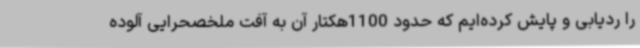
را ردیابی و پایش کرده‌ایم که حدود 1100هکتار آن به آفت ملخصحرایی آلوده